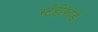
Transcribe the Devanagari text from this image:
स्टँडीफोर्ड